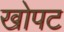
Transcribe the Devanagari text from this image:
खोपट